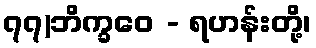
၇၇)ဘိက္ခဝေ - ရဟန်းတို့၊